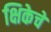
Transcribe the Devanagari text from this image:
क्षिकेचे